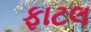
ફાટલ